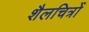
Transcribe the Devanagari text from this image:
शैलचित्रोँ